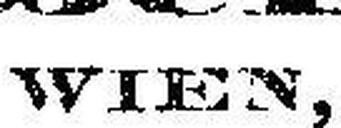
WIEN,